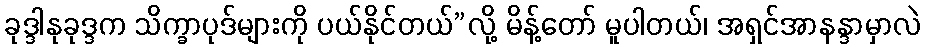
ခုဒ္ဒါနုခုဒ္ဒက သိက္ခာပုဒ်များကို ပယ်နိုင်တယ်”လို့ မိန့်တော် မူပါတယ်၊ အရှင်အာနန္ဒာမှာလဲ